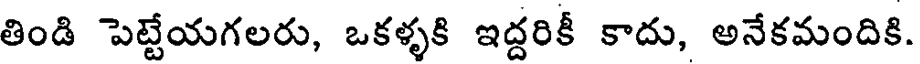
తిండి పెట్టేయగలరు, ఒకళ్ళకి ఇద్దరికీ కాదు, అనేకమందికి.